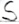
Text: S